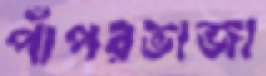
পাঁপরভাজা